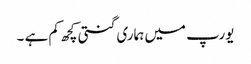
یورپ میں ہماری گنتی کچھ کم ہے ۔